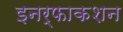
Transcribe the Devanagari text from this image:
इनर्फाकशन